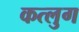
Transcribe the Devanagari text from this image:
कत्लुग